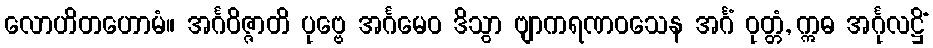
လောဟိတဟောမံ။ အင်္ဂဝိဇ္ဇာတိ ပုဗ္ဗေ အင်္ဂမေဝ ဒိသွာ ဗျာကရဏဝသေန အင်္ဂံ ဝုတ္တံ, ဣဓ အင်္ဂုလဋ္ဌိံ